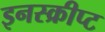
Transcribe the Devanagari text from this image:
इनस्क्रीप्ट